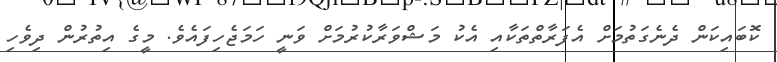
ކޮބައިކަން ދެނެގަތުމަށް އެފަރާތްތަކާއި އެކު މަޝްވަރާކުރުމަށް ވަނީ ހަމަޖެހިފައެވެ. މީގެ އިތުރުން ދިވެހި